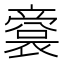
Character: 𠆘